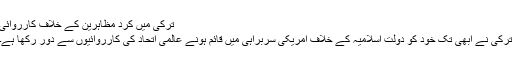
ترکی میں کرد مظاہرین کے خلاف کارروائی
ترکی نے ابھی تک خود کو دولت اسلامیہ کے خلاف امریکی سربراہی میں قائم ہونے عالمی اتحاد کی کارروائیوں سے دور رکھا ہے۔